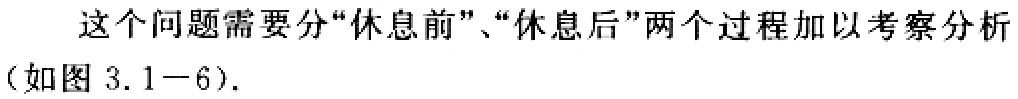
这个问题需要分“休息前”、“休息后”两个过程加以考察分析（如图 3.1−6）.